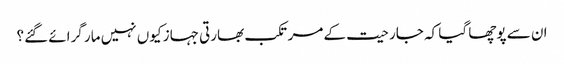
ان سے پوچھا گیا کہ جارحیت کے مرتکب بھارتی جہاز کیوں نہیں مار گرائے گئے؟